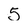
Character: 5